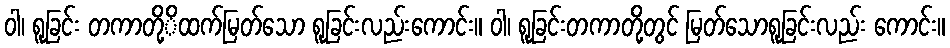
ဝါ၊ ရူခြင်း တကာတို့ိထက်မြတ်သော ရူခြင်းလည်းကောင်း။ ဝါ၊ ရူခြင်းတကာတို့တွင် မြတ်သောရူခြင်းလည်း ကောင်း။